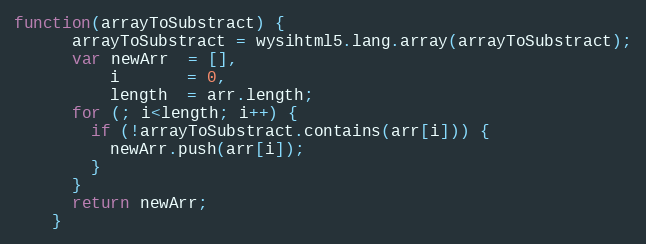
Language: JavaScript
function(arrayToSubstract) {
      arrayToSubstract = wysihtml5.lang.array(arrayToSubstract);
      var newArr  = [],
          i       = 0,
          length  = arr.length;
      for (; i<length; i++) {
        if (!arrayToSubstract.contains(arr[i])) {
          newArr.push(arr[i]);
        }
      }
      return newArr;
    }